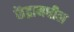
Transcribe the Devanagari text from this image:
केंद्रामधील